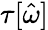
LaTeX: \tau[\hat{\omega}]